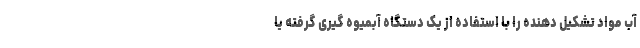
آب مواد تشکیل دهنده را با استفاده از یک دستگاه آبمیوه گیری گرفته یا